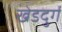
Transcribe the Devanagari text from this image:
खेडदुर्ग